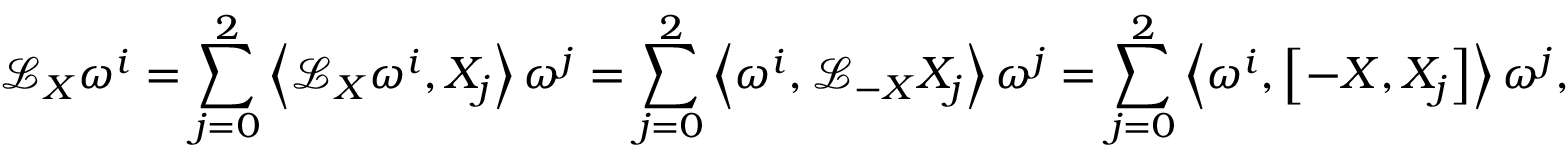
\mathcal { L } _ { X } \omega ^ { i } = \sum _ { j = 0 } ^ { 2 } \left\langle \mathcal { L } _ { X } \omega ^ { i } , X _ { j } \right\rangle \omega ^ { j } = \sum _ { j = 0 } ^ { 2 } \left\langle \omega ^ { i } , \mathcal { L } _ { - X } X _ { j } \right\rangle \omega ^ { j } = \sum _ { j = 0 } ^ { 2 } \left\langle \omega ^ { i } , \left[ - X , X _ { j } \right] \right\rangle \omega ^ { j } ,